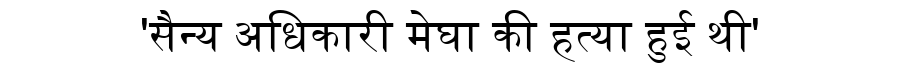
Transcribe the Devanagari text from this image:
'सैन्य अधिकारी मेघा की हत्या हुई थी'